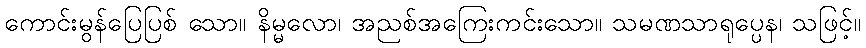
ကောင်းမွန်ပြေပြစ် သော။ နိမ္မလော၊ အညစ်အကြေးကင်းသော။ သမဏသာရုပ္ပေန၊ သဖြင့်။